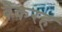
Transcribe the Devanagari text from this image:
बैकरह